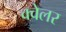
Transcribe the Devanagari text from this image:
क्वेलर